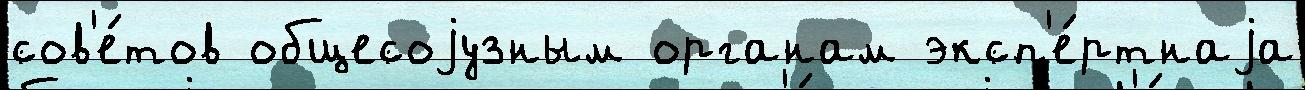
сов'е́тов общесоjузным органам эксп'е́ртнаjа